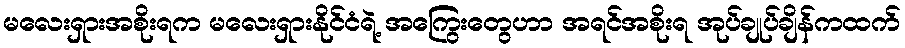
မလေးရှားအစိုးရက မလေးရှားနိုင်ငံရဲ့ အကြွေးတွေဟာ အရင်အစိုးရ အုပ်ချုပ်ချိန်ကထက်